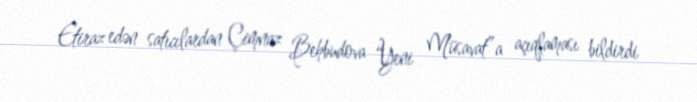
Etiraz edən satıcılardan Çimnaz Behbudova “Yeni Müsavat”a açıqlaması bildirdi